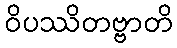
ဝိပဿိတဗ္ဗာတိ